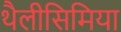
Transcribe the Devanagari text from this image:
थैलीसिमिया